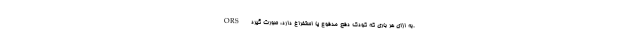
ORS به ازای هر باری که کودک دفع مدفوع یا استفراغ دارد، صورت گیرد.